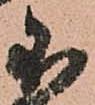
不